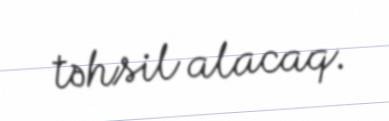
təhsil alacaq.